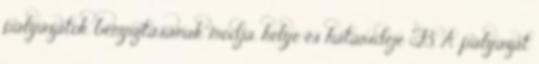
pályázatok benyújtásának módja, helye és határideje F3. A pályázat